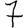
Digit: 7